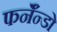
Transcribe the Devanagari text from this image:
फर्नॅन्डो